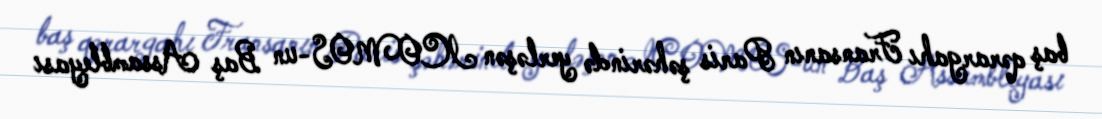
baş qərargahı Fransanın Paris şəhərində yerləşən ICOMOS-un Baş Assambleyası